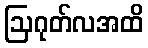
ဩဂုတ်လအထိ